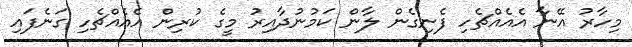
މިހާރު އޭނާ އެއެއްޗެހި ފެނިގެން ލާން ކަމުނުދާއިރު މީގެ ކުރިން އެއެއްޗެހި ގަނެފައި